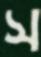
স